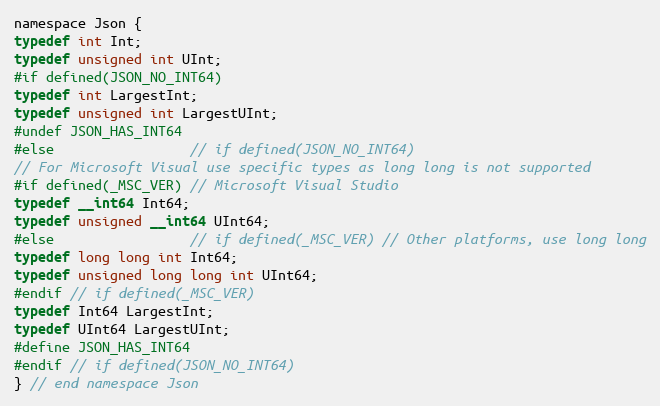
Language: C
namespace Json {
typedef int Int;
typedef unsigned int UInt;
#if defined(JSON_NO_INT64)
typedef int LargestInt;
typedef unsigned int LargestUInt;
#undef JSON_HAS_INT64
#else                 // if defined(JSON_NO_INT64)
// For Microsoft Visual use specific types as long long is not supported
#if defined(_MSC_VER) // Microsoft Visual Studio
typedef __int64 Int64;
typedef unsigned __int64 UInt64;
#else                 // if defined(_MSC_VER) // Other platforms, use long long
typedef long long int Int64;
typedef unsigned long long int UInt64;
#endif // if defined(_MSC_VER)
typedef Int64 LargestInt;
typedef UInt64 LargestUInt;
#define JSON_HAS_INT64
#endif // if defined(JSON_NO_INT64)
} // end namespace Json